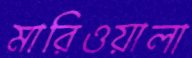
মারিওয়ালা